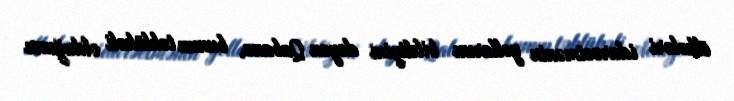
ölkələri idarəetmənin yollarını bildiyini deyən Qabana, bunun təhlükəli olduğunu